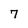
Character: 7